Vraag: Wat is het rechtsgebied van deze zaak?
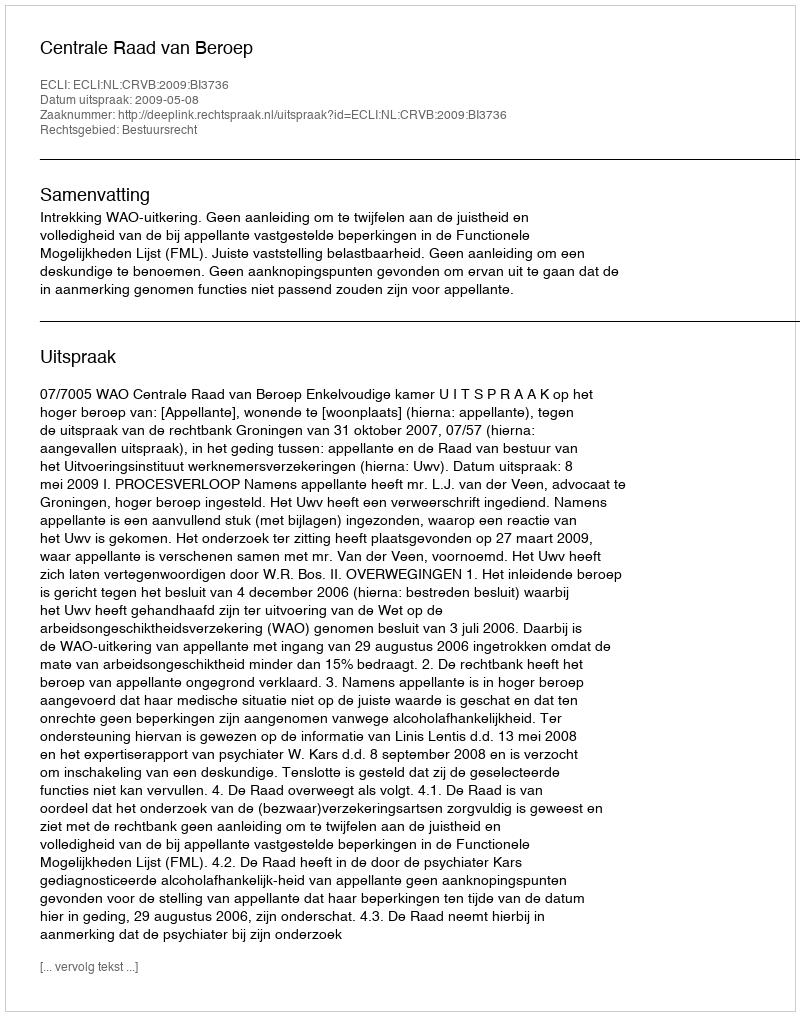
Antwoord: Bestuursrecht